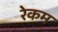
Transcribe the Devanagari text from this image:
रेकम